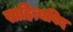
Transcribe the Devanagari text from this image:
साहित्यविद